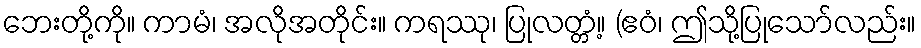
ဘေးတို့ကို။ ကာမံ၊ အလိုအတိုင်း။ ကရဿု၊ ပြုလတ္တံ့။ (ဧဝံ၊ ဤသို့ပြုသော်လည်း။